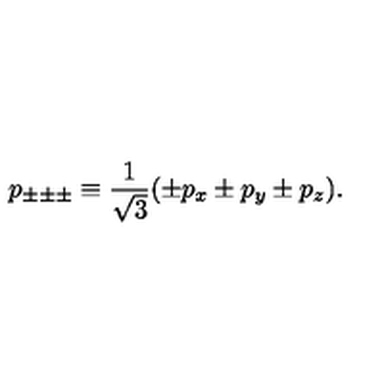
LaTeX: p _ { \pm \pm \pm } \equiv \frac 1 { \sqrt { 3 } } ( \pm p _ { x } \pm p _ { y } \pm p _ { z } ) .